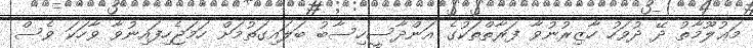
މަޢުލޫމާތު ދޭ ދުވަހު ހާޒިރުނުވާ ފަރާތްތަކުގެ އަންދާސީހިސާބު ބަލައިގަތުމަށް ހަމަޖެހިފައިނުވާ ވާހަކަ ވެސް